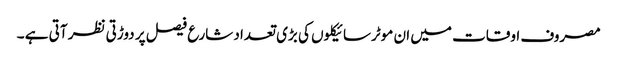
مصروف اوقات میں ان موٹرسائیکلوں کی بڑی تعداد شارع فیصل پر دوڑتی نظر آتی ہے ۔